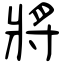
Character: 將